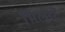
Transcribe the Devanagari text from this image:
भिलारे